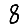
Digit: 8